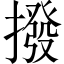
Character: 撥